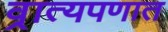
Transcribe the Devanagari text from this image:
व्रात्यपणात